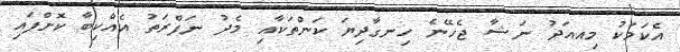
އެކަމަކު މިއއަދު ނަޝާ ޖެހޭނެ ހިނގާދިޔަ ކަންތަކާއި މެދު ނަފްރަތު އެއްކިބާ ކޮށްފައި